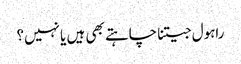
راہول جیتنا چاہتے بھی ہیں یا نہیں؟